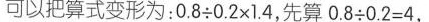
可以把算式变形为：$$0.8 {\div} 0.2 \times 1.4$$，先算$$0.8 {\div} 0.2 = 4$$，